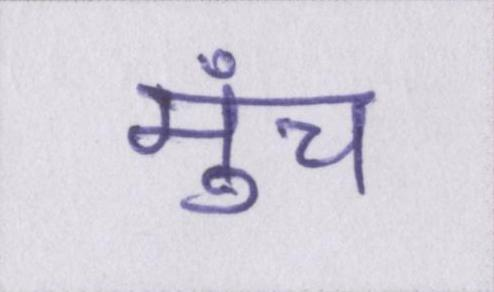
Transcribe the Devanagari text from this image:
मुंच